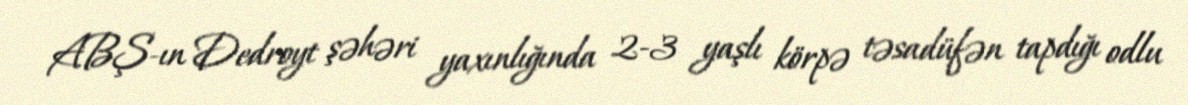
ABŞ-ın Dedroyt şəhəri yaxınlığında 2-3 yaşlı körpə təsadüfən tapdığı odlu